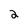
Character: 2